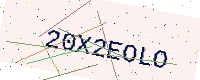
Text: 20X2EOLO